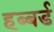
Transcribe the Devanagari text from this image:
हब्बर्ड